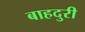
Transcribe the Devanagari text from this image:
बाहदुरी